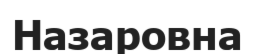
Назаровна